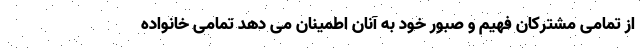
از تمامی مشترکان فهیم و صبور خود به آنان اطمینان می دهد تمامی خانواده